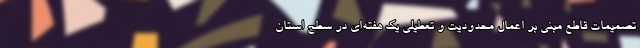
تصمیمات قاطع مبنی بر اعمال محدودیت و تعطیلی یک هفته‌ای در سطح استان